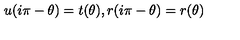
u ( i \pi - \theta ) = t ( \theta ) , r ( i \pi - \theta ) = r ( \theta )